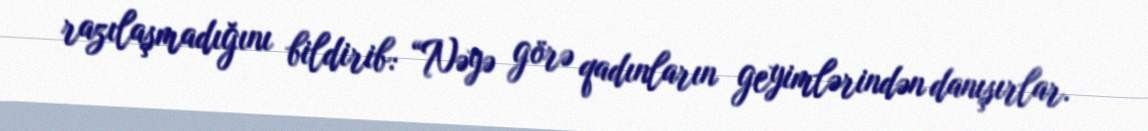
razılaşmadığını bildirib: “Nəyə görə qadınların geyimlərindən danışırlar.